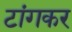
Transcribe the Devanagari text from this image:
टांगकर